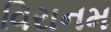
વિરાનમ